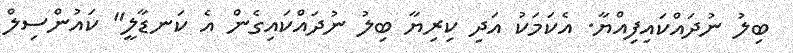
ބިލު ނުދައްކައިފިއްޔާ. އެކަމަކު އަދި ކިރިޔާ ބިލު ނުދައްކައިގެން އެ ކަނޑާލީ" ކައުންސިލް